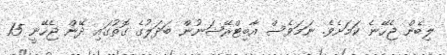
ލިބެން ޖެހޭނެ ކަމަށެވެ. ނަމަވެސް އާބިޓްރޭޝަނުން ބަދަލުގެ ގޮތުގައި ދޭން ޖެހޭނީ 15